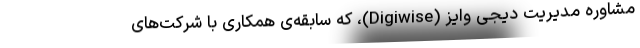
مشاوره‌ مدیریت دیجی وایز (Digiwise)، که سابقه‌ی همکاری با شرکت‌های